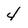
Character: 4